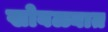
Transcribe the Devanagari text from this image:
खोबळ्यात